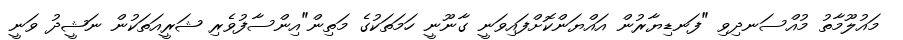
މައުލޫމާތު މުއްސަނދިވި "ފަނޑިޔާރުން އައްޔަންކޮށްފައިވަނީ ގާނޫނީ ހަމަތަކުގެ މަތިން"އިންސާފުވެރި ޝަރީއަތަކުން ނަޝީދު ވަނީ